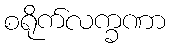
စရိုက်လက္ခဏာ